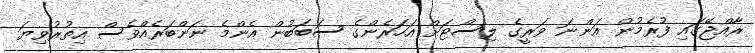
ރާއްޖޭގައި ފުރެމުން އަންނަ ވަރީގެ ލިސްޓަށް އަހަރެންގެ ސަބަބުން އެންމެ ނަންބަރެއްވެސް އިތުރުވިޔަ